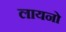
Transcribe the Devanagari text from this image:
लायनो